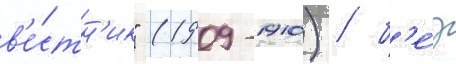
в'е́стн'ик" (1909-1910) / б'е́з